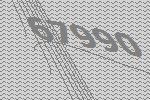
67990